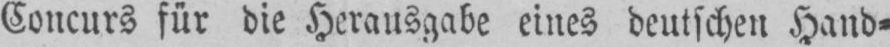
Concurs für die Herausgabe eines deutschen Hand⸗